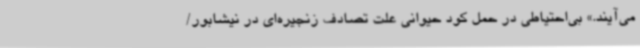
می‌آیند.» بی‌احتیاطی در حمل کود حیوانی علت تصادف زنجیره‌ای در نیشابور/